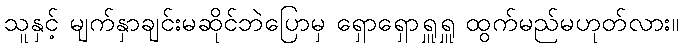
သူနှင့် မျက်နှာချင်းမဆိုင်ဘဲပြောမှ ရှောရှောရှူရှူ ထွက်မည်မဟုတ်လား။